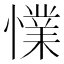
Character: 𢢜